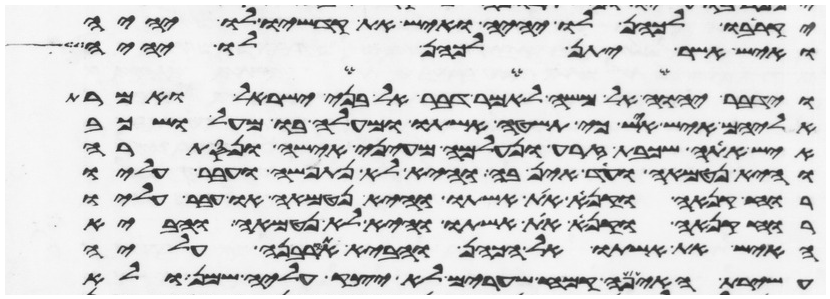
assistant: יקריבו לכהן לו יהיה ואיש את קדשיו לו יהיה
ואיש אשר יתן לכהן לו יהיה
וידבר יהוה אל משה לאמר דבר אל בני ישראל ואמרת
אליהם איש איש כי תשטה אשתו ומעלה בו מעל ושכב
איש אתה שכבת זרע ונעלם מעיני אישה ונסתרה
והיא נטמאה ועד אין בה והיא לא נתפשה ועבר עליו
רוח קנאה וקנא את אשתו והיא נטמאה או עבר עליו
רוח קנאה וקנא את אשתו והיא לא נטמאה והביא
האיש את אשתו אל הכהן והביא את קרבנה עליה
עשירת האיפה קמח שערים לא יצק עליה שמן ולא